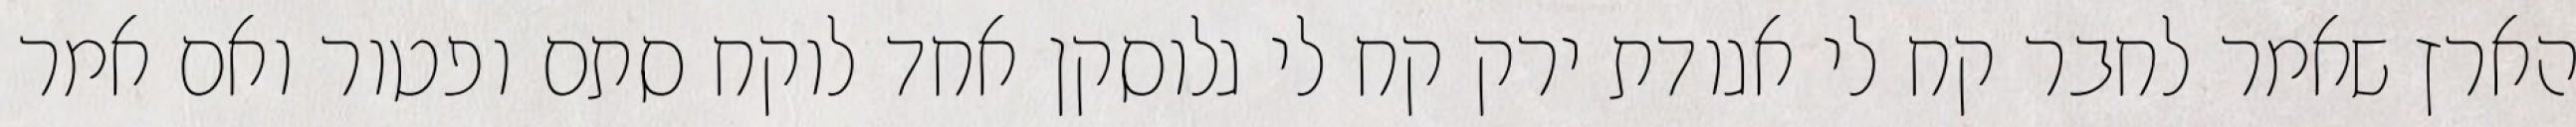
הארץ שאמר לחבר קח לי אגודת ירק קח לי גלוסקן אחד לוקח סתם ופטור ואם אמר